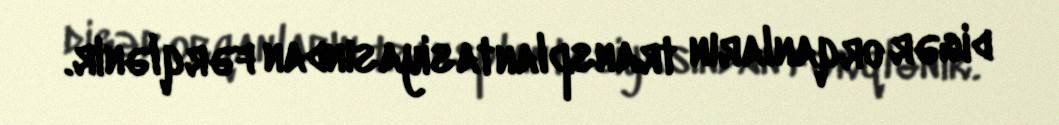
digər orqanların transplantasiyasından fərqlənir.